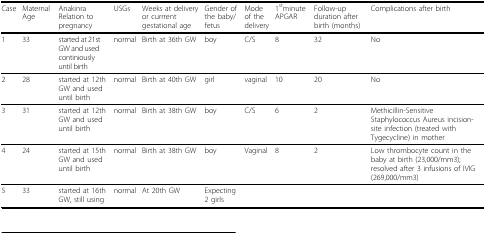
| Case | Maternal Age | Anakinra Relation to pregnancy | USGs | Weeks at delivery or currrent gestational age | Gender of the baby/fetus | Mode of the delivery | 1stminute APGAR | Follow-up duration after birth (months) | Complications after birth |
 | --- | --- | --- | --- | --- | --- | --- | --- | --- | --- |
 | 1 | 33 | started at 21st GW and used continiously until birth | normal | Birth at 36th GW | boy | C/S | 8 | 32 | No |
 | 2 | 28 | started at 12th GW and used until birth | normal | Birth at 40th GW | girl | vaginal | 10 | 20 | No |
 | 3 | 31 | started at 12th GW and used until birth | normal | Birth at 38th GW | boy | C/S | 6 | 2 | Methicillin-Sensitive Staphylococcus Aureus incision-site infection (treated with Tygecycline) in mother |
 | 4 | 24 | started at 15th GW and used until birth | normal | Birth at 38th GW | boy | Vaginal | 8 | 2 | Low thrombocyte count in the baby at birth (23,000/mm3); resolved after 3 infusions of IVIG (269,000/mm3) |
 | 5 | 33 | started at 16th GW, still using | normal | At 20th GW | Expecting 2 girls |  |  |  |  |